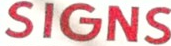
SIGNS